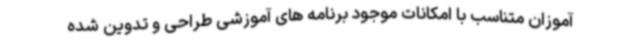
آموزان متناسب با امکانات موجود برنامه های آموزشی طراحی و تدوین شده